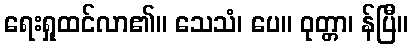
ရေးရှုထင်လာ၏။ သေသံ၊ ပေ။ ဝုတ္တာ၊ န်ပြီ။